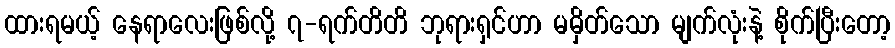
ထားရမယ့် နေရာလေးဖြစ်လို့ ၇-ရက်တိတိ ဘုရားရှင်ဟာ မမှိတ်သော မျက်လုံးနဲ့ စိုက်ပြီးတော့